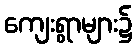
ကျေးရွာများ၌